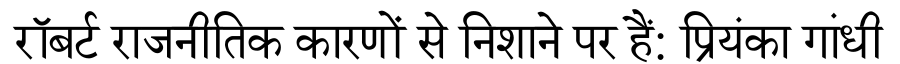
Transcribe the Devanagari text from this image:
रॉबर्ट राजनीतिक कारणों से निशाने पर हैं: प्रियंका गांधी